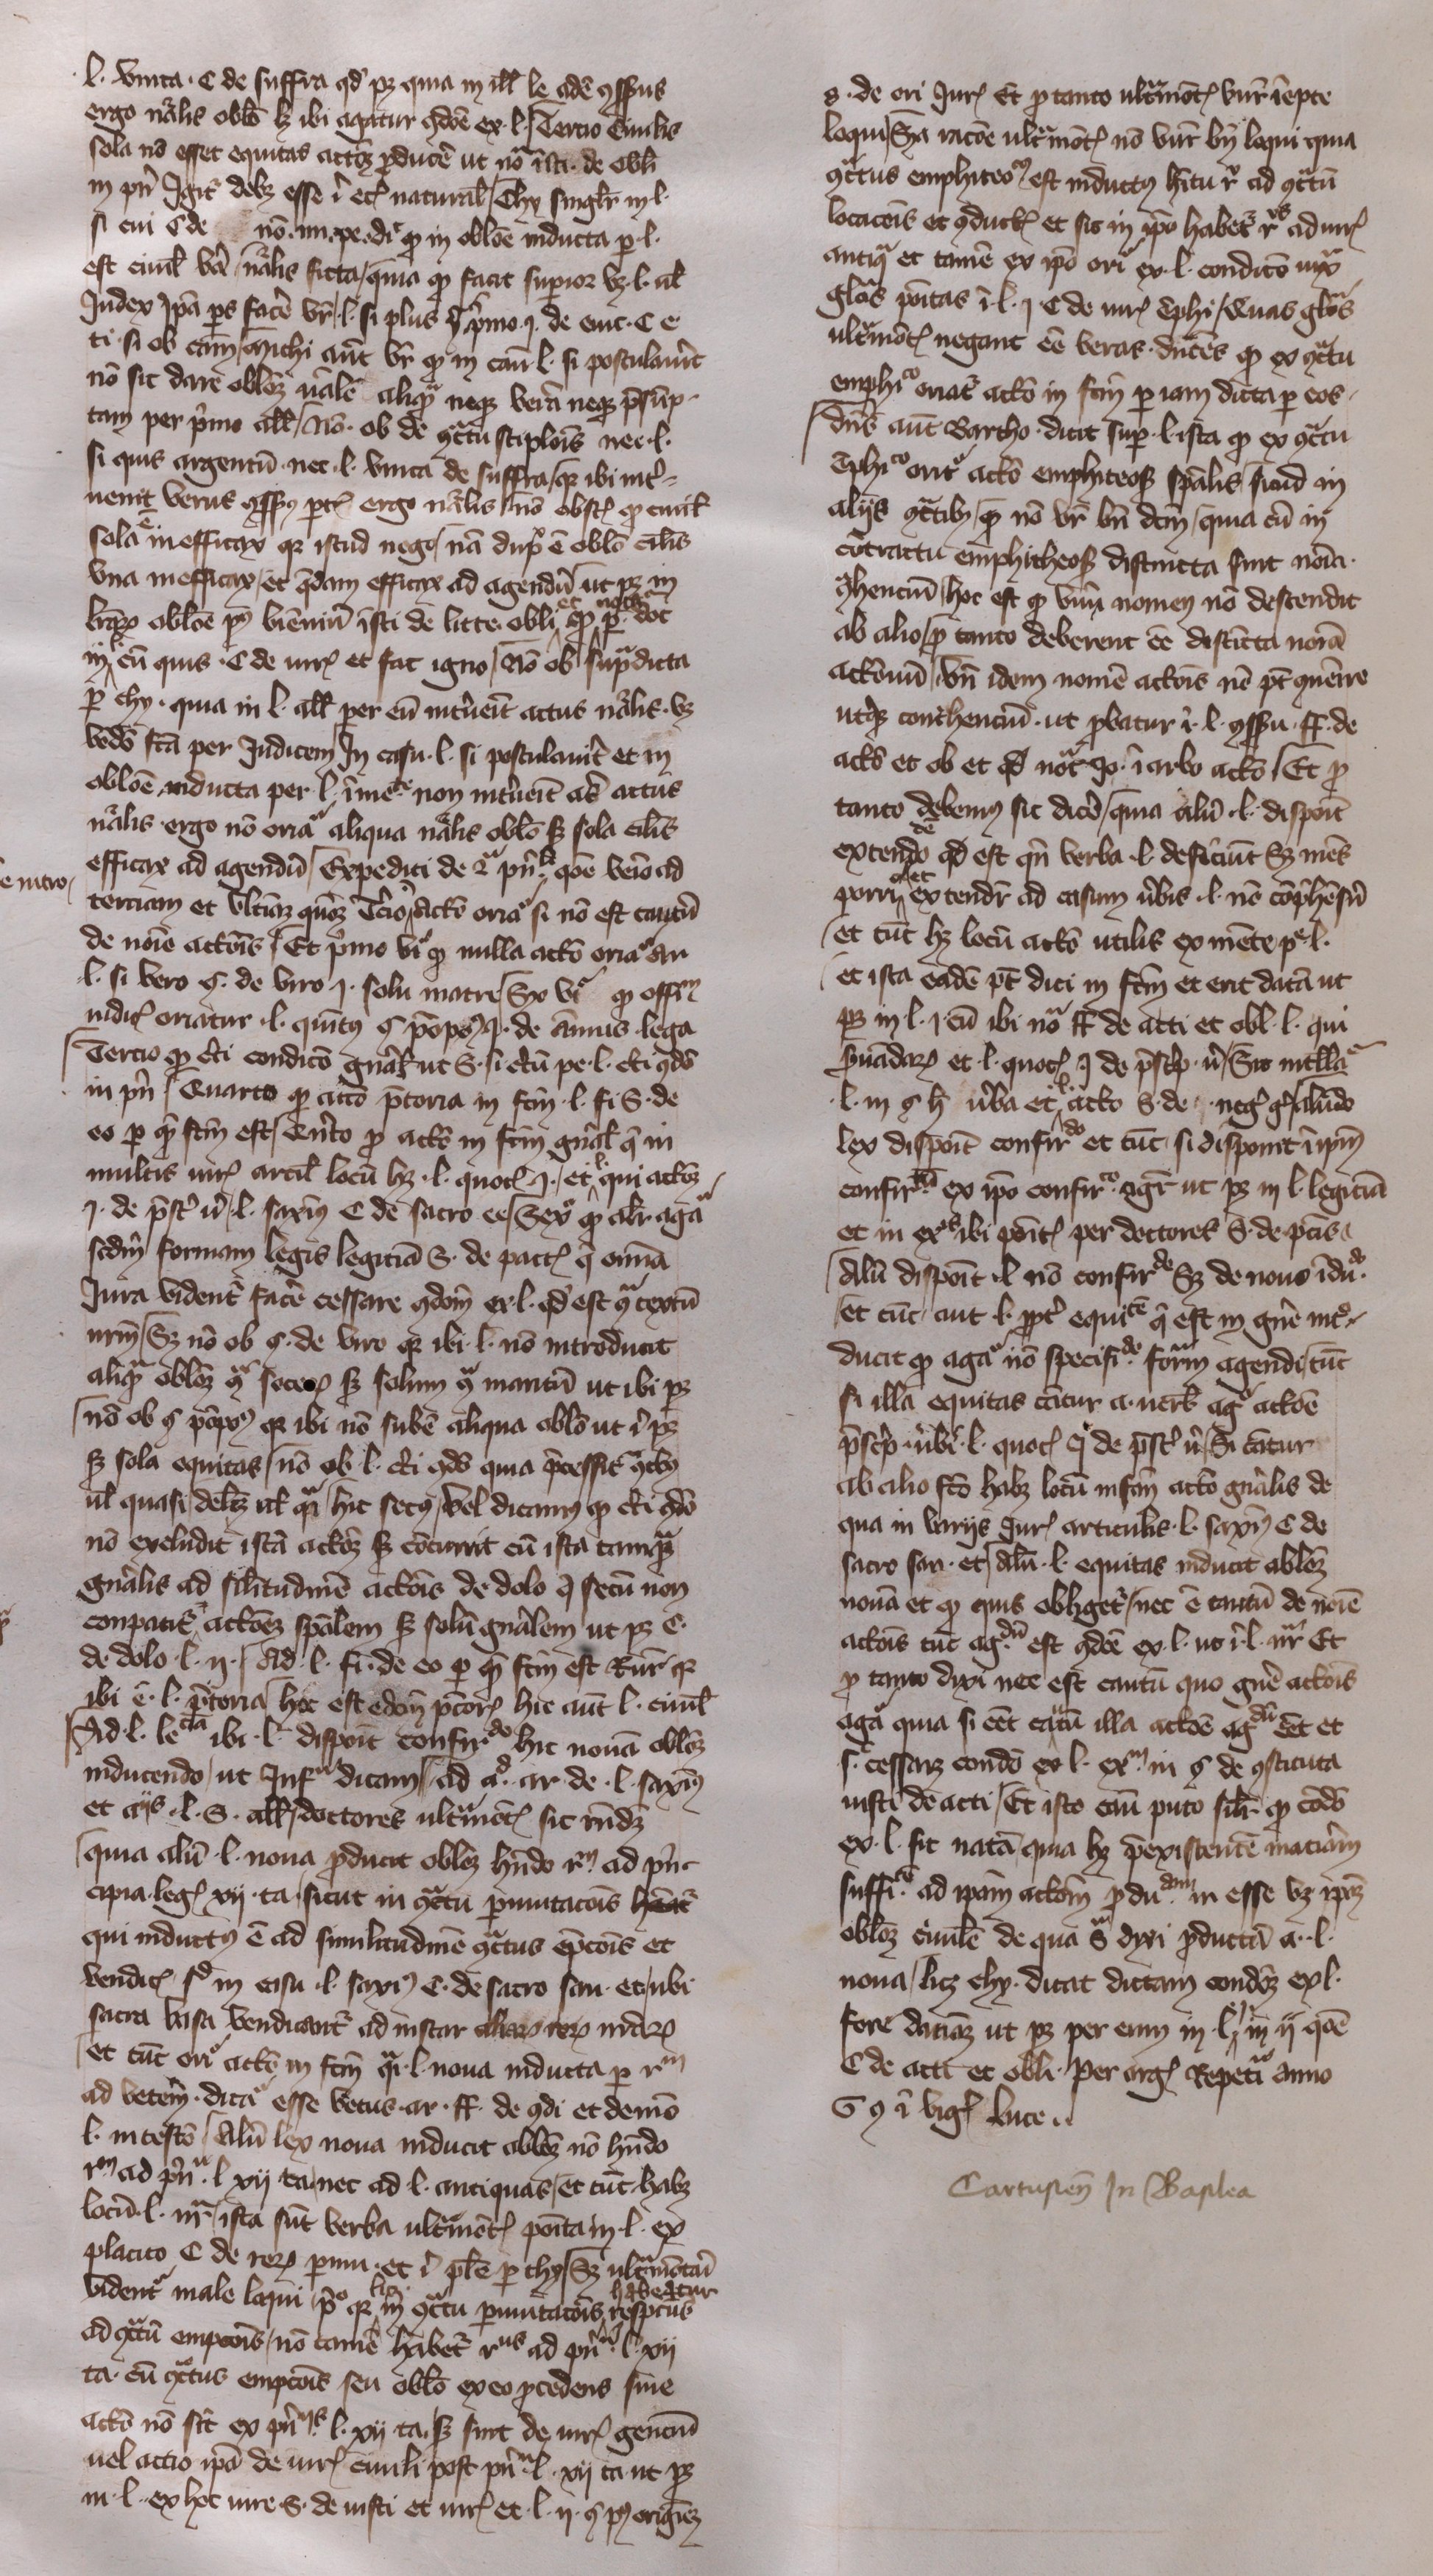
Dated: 1350–1399